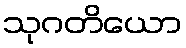
သုဂတိယော